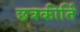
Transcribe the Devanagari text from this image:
छत्रकीर्ति